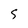
Character: 5